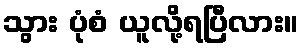
သွား ပုံစံ ယူလို့ရပြီလား။